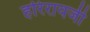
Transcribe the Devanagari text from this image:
हरिरायजी